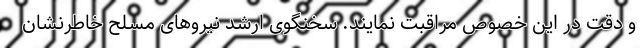
و دقت در این خصوص مراقبت نمایند. سخنگوی ارشد نیروهای مسلح خاطرنشان